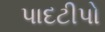
પાદટીપો